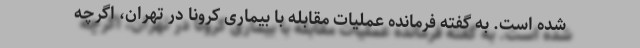
شده است. به گفته فرمانده عملیات مقابله با بیماری کرونا در تهران، اگرچه